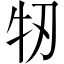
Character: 牣